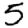
Digit: 5